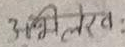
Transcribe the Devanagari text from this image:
अभिलेखत :